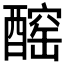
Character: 𨢧